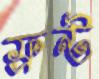
ফ্রণ্ট